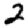
Digit: 2